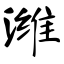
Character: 潍